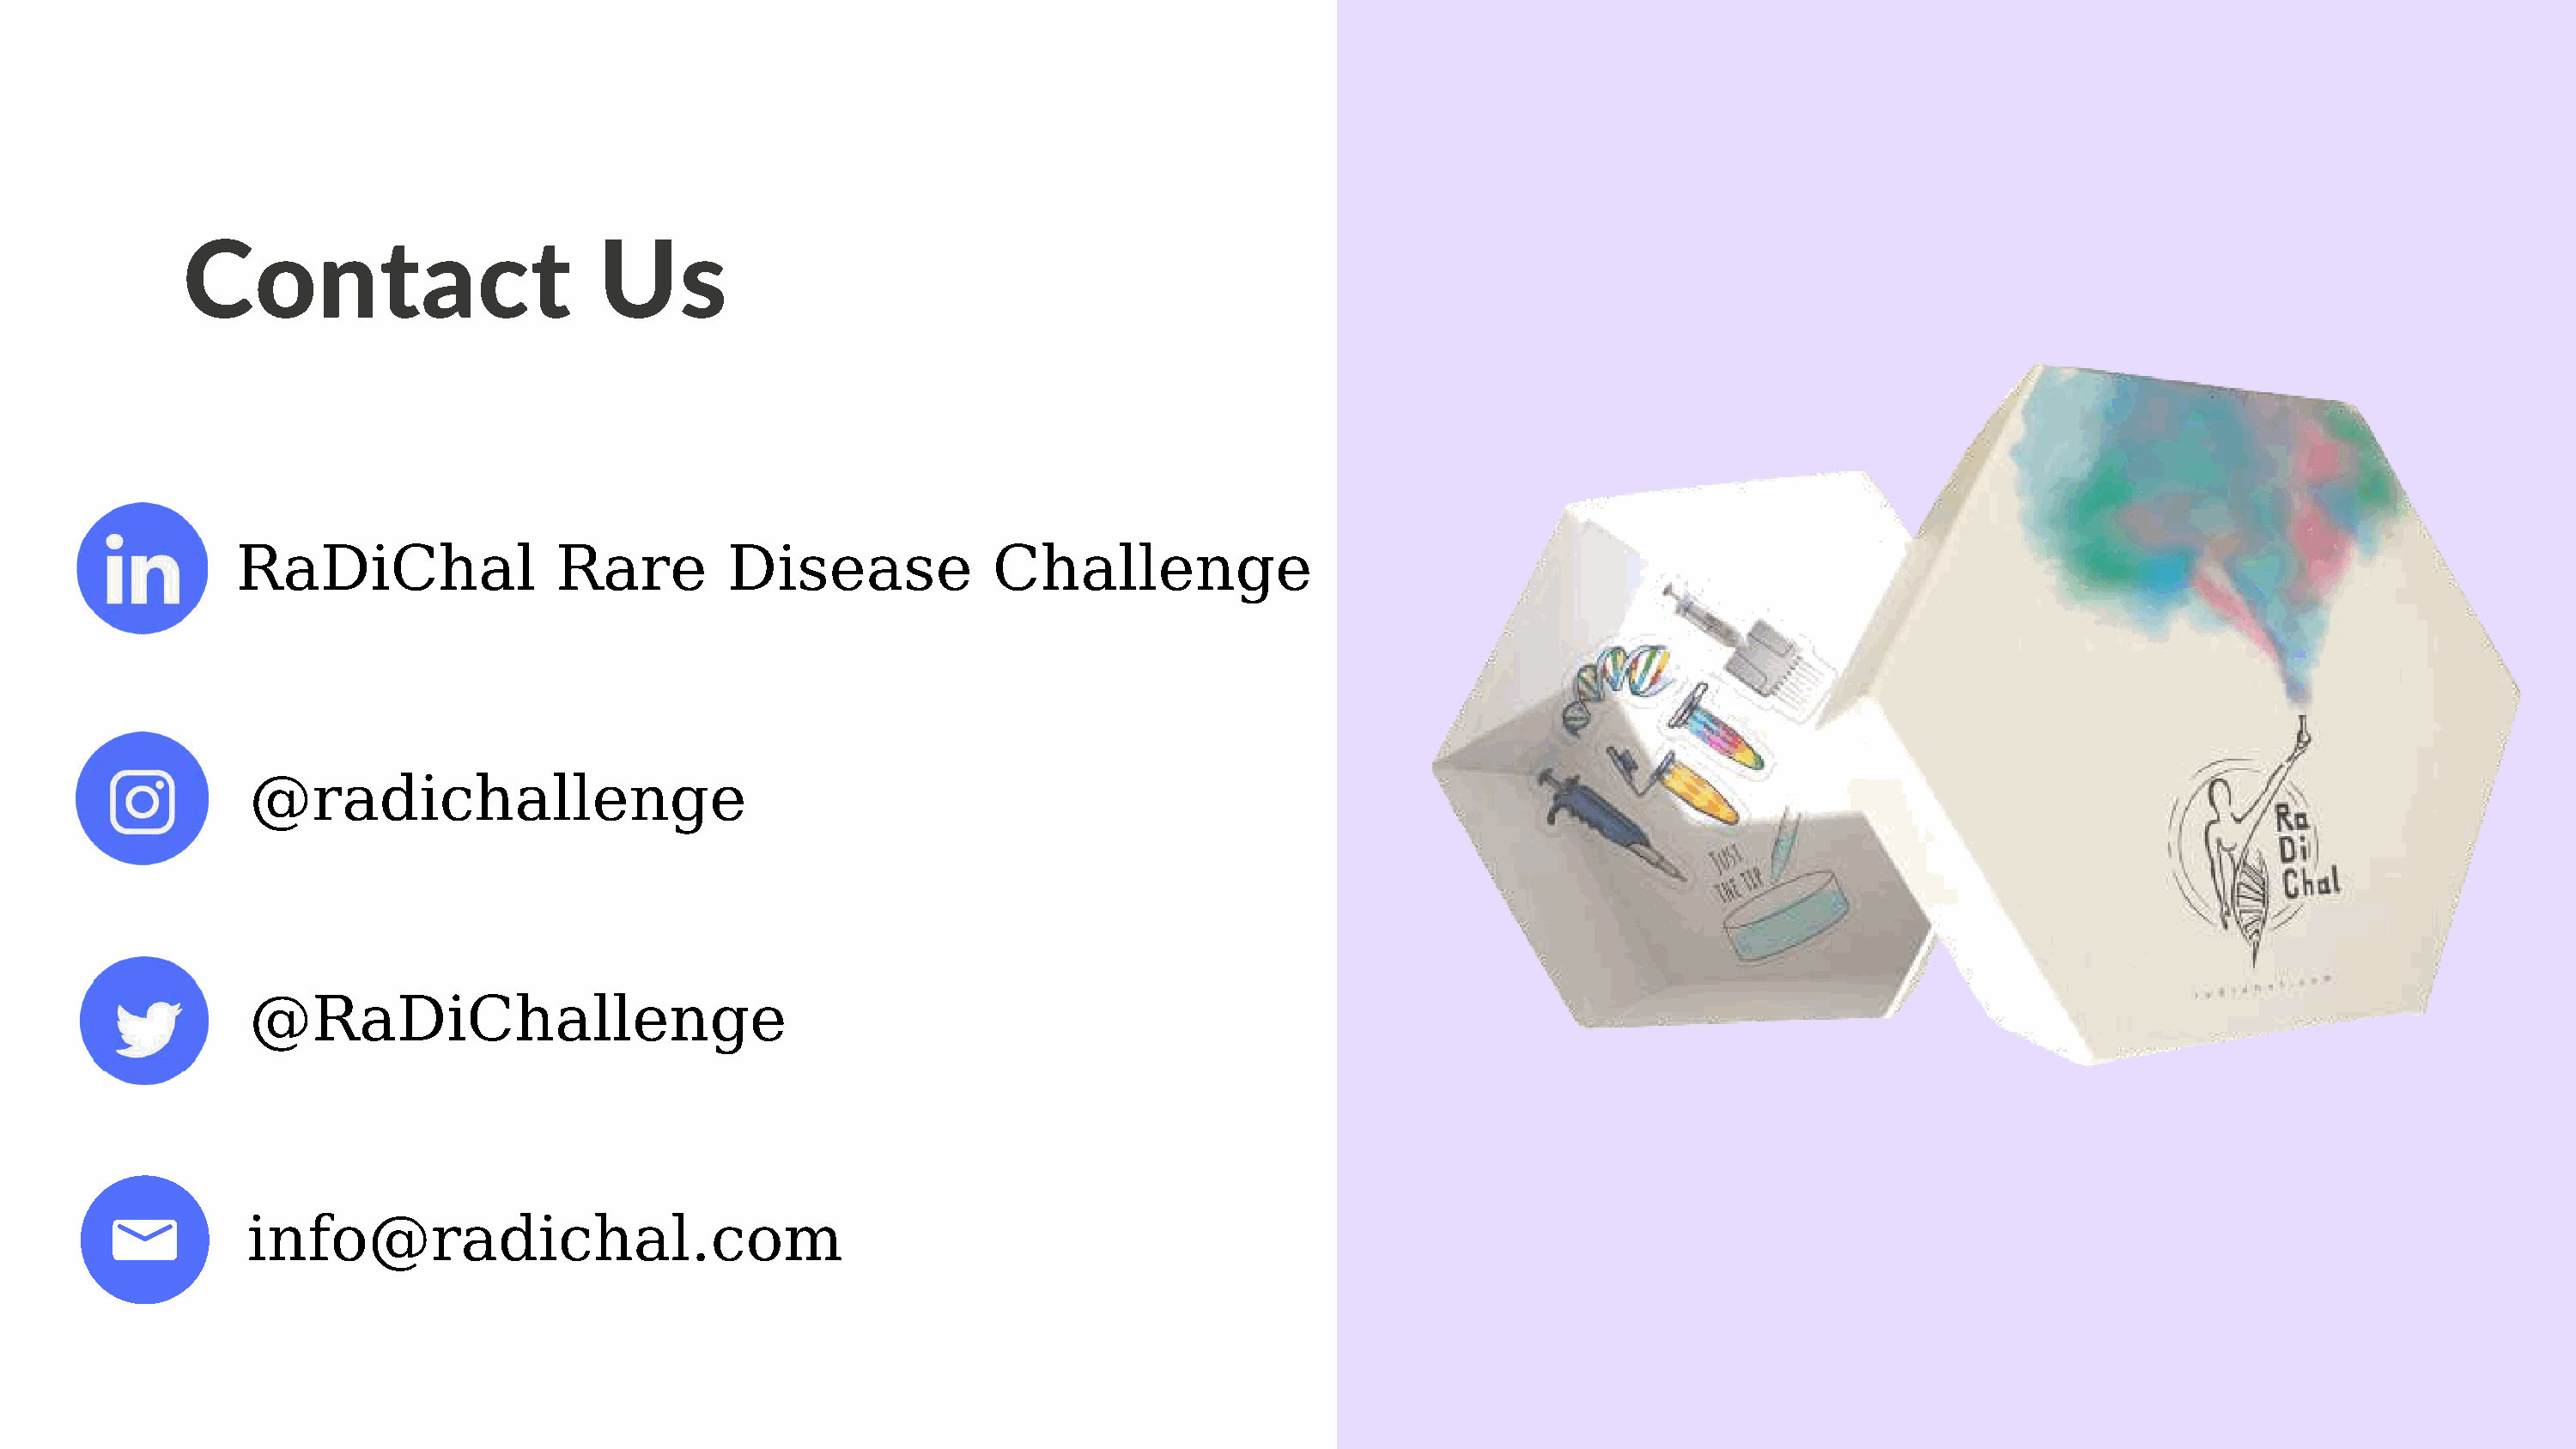
Contact                         Us
 RaDiChal                 Rare         Disease              Challenge
 @radichallenge
 @RaDiChallenge
 info@radichal.com